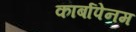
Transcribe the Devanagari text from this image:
कार्बापेनम